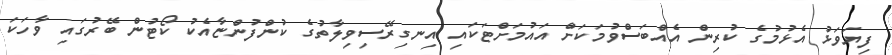
ފިޔަވަޅު އެޅުމުގެ ކުރިން އެއްބަސްވުމަކަށް އައުމަށްޓަކައި އިނގިރޭސިވިލާތުގެ ކުންފުންޏާއެކު ކޯޓުން ބޭރުގައި ވާހަކަ